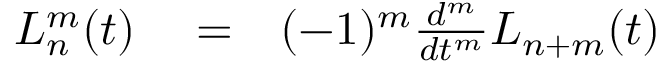
\begin{array} { r l r } { L _ { n } ^ { m } ( t ) } & { { } = } & { ( - 1 ) ^ { m } \frac { d ^ { m } } { d t ^ { m } } L _ { n + m } ( t ) } \end{array}